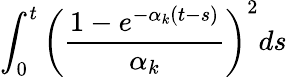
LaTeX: \int_{0}^{t}\left(\frac{1-e^{-\alpha_{k}(t-s)}}{\alpha_{k}}\right)^{2}ds